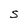
Character: S